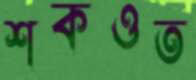
শকওত